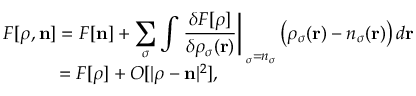
\begin{array} { l } { { \displaystyle { \cal F } [ { \boldsymbol \rho } , { \bf n } ] = F [ { \bf n } ] + \sum _ { \sigma } \int \left. \frac { \delta F [ { \boldsymbol \rho } ] } { \delta \rho _ { \sigma } ( { \bf r } ) } \right\vert _ { { \bf \rho } _ { \sigma } = n _ { \sigma } } \left( \rho _ { \sigma } ( { \bf r } ) - n _ { \sigma } ( { \bf r } ) \right) d { \bf r } } \ ~ } \\ { { \displaystyle ~ ~ ~ ~ ~ ~ ~ ~ ~ = F [ { \boldsymbol \rho } ] + { \cal O } [ \vert { \boldsymbol \rho } - { \bf n } \vert ^ { 2 } ] } , } \end{array}